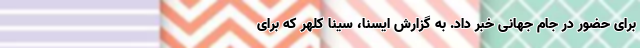
برای حضور در جام جهانی خبر داد. به گزارش ایسنا، سینا کلهر که برای